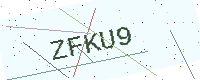
Text: ZFKU9